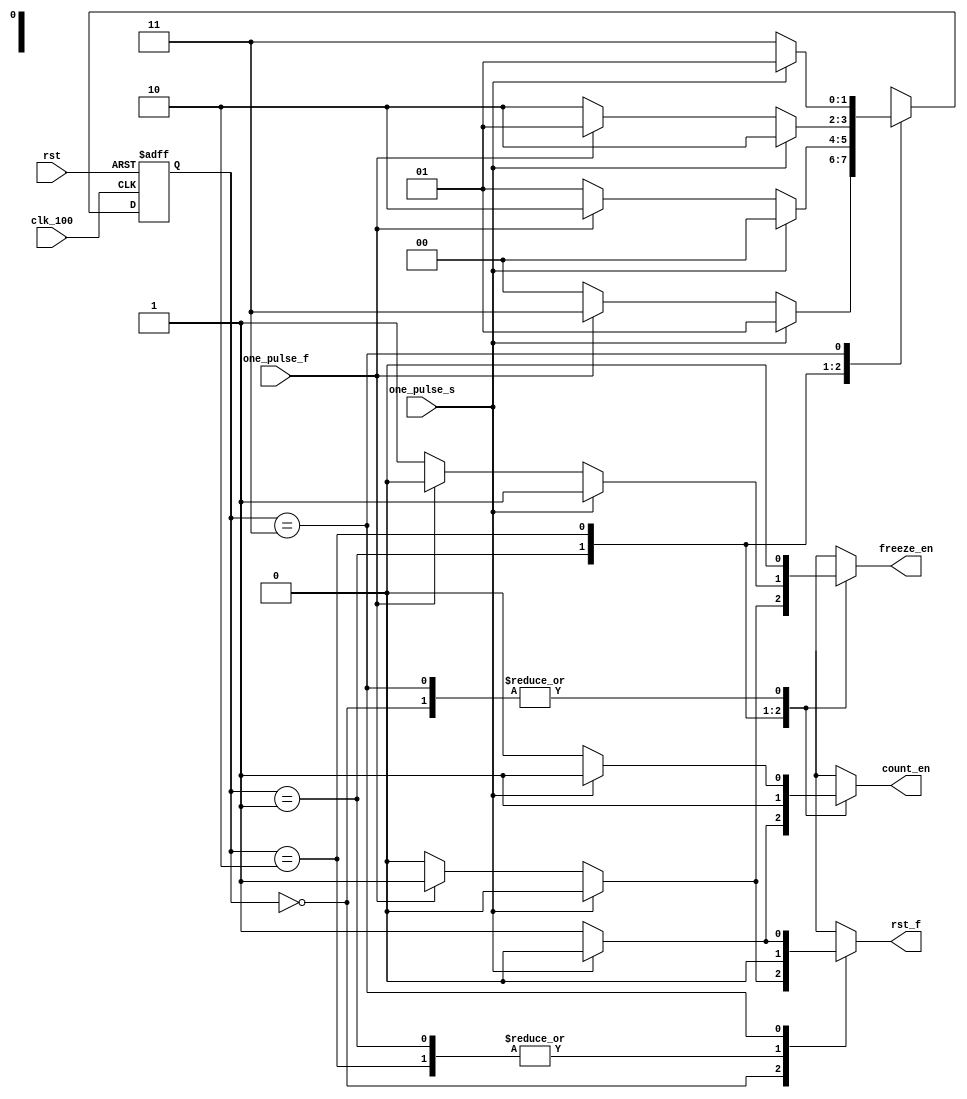
`timescale 1ns / 1ps
//////////////////////////////////////////////////////////////////////////////////
// Company: 
// Engineer: 
// 
// Design Name: 
// Module Name: fsm
// Project Name: 
// Target Devices: 
// Tool Versions: 
// Description: 
// 
// Dependencies: 
// 
// Revision:
// Revision 0.01 - File Created
// Additional Comments:
// 
//////////////////////////////////////////////////////////////////////////////////


module fsm(
    input clk_100,
    input one_pulse_s,
    input one_pulse_f,
    input rst,
    output reg freeze_en,
    output reg rst_f,
    output reg count_en
    );
    reg [1:0] state;
    reg [1:0] next_state;
    
    always@( posedge clk_100 or posedge rst )
        if(rst)
            state <= 2'b00;
        else
            state <= next_state;
    
    always@*//( posedge one_pulse_s or posedge one_pulse_f )
        case(state)
        2'b00://stop
            if(one_pulse_s)
            begin //stare
                next_state <= 2'b01;
                freeze_en = 1'b0;
                rst_f = 1'b0;
                count_en = 1'b1;
            end
            else if(one_pulse_f)
            begin //rst
                next_state <= 2'b11;
                freeze_en = 1'b0;
                rst_f = 1'b1;
                count_en = 1'b0;
            end
            else
            begin //stop
                next_state <= 2'b00;
                freeze_en = 1'b0;
                rst_f = 1'b0;
                count_en = 1'b0;
            end
        2'b01://start
            if(one_pulse_s)
            begin //stop
                next_state <= 2'b00;
                freeze_en = 1'b0;
                rst_f = 1'b0;
                count_en = 1'b0;
            end
            else if(one_pulse_f)
            begin //freeze
                next_state <= 2'b10;
                freeze_en = 1'b1;
                rst_f = 1'b0;
                count_en = 1'b1;
            end
            else
            begin //start
                next_state <= 2'b01;
                freeze_en = 1'b0;
                rst_f = 1'b0;
                count_en = 1'b1;
            end
        2'b10://freeze
            if(one_pulse_s)
            begin // freeze
                next_state <= 2'b10;
                freeze_en = 1'b1;
                rst_f = 1'b0;
                count_en = 1'b1;
            end
            else if(one_pulse_f)
            begin //start
                next_state <= 2'b01;
                freeze_en = 1'b0;
                rst_f = 1'b0;
                count_en = 1'b1;            
            end
            else
            begin //freeze
                next_state <= 2'b10;
                freeze_en = 1'b1;
                rst_f = 1'b0;
                count_en = 1'b1;
            end
        2'b11://rst_f
            if(one_pulse_s)
            begin //start
                next_state <= 2'b01;
                freeze_en = 1'b0;
                rst_f = 1'b0;
                count_en = 1'b1;
            end
            else if(one_pulse_f)
            begin //rst
                next_state <= 2'b11;
                freeze_en = 1'b0;
                rst_f = 1'b1;
                count_en = 1'b0;
            end
            else
            begin
                next_state <= 2'b11;
                freeze_en = 1'b0;
                rst_f = 1'b1;
                count_en = 1'b0;
            end
        default:
            begin
            next_state <= 2'b00;
            end
        endcase
             
 /*   always@*
        case(state)
            2'b00:
            begin
                freeze_en = 1'b0;
                rst_f = 1'b0;
                count_en = 1'b0;
            end
            2'b01:
            begin
                freeze_en = 1'b0;
                rst_f = 1'b0;
                count_en = 1'b1;
            end
            2'b10:
            begin
                freeze_en = 1'b1;
                rst_f = 1'b0;
                count_en = 1'b1;
            end
            2'b11:
            begin
                freeze_en = 1'b0;
                rst_f = 1'b1;
                count_en = 1'b0;
            end
            default:
            begin
                freeze_en = 1'b0;
                rst_f = 1'b0;
                count_en = 1'b0;
            end
        endcase
*/
endmodule